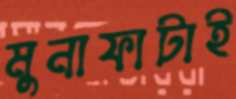
মুনাফাটাই